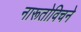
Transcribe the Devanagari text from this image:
नारूतोविचने